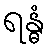
ရန္ဓံ